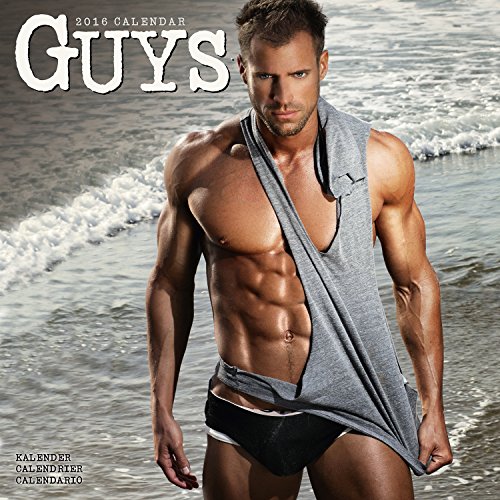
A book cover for Guys Calendar - 2016 Wall calendars - Hot Guy Calendar - Sexy Calendar - Monthly Wall Calendar by Avonside; MegaCalendars; Calendars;